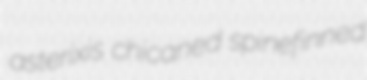
asterixis chicaned spinefinned